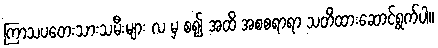
ကြာသပတေးသားသမီးများ လ မှ စ၍ အထိ အစစရာရာ သတိထားဆောင်ရွက်ပါ။